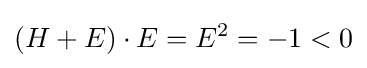
(H+E)\cdot E=E^{2}=-1<0